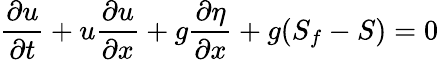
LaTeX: {\frac{\partial u}{\partial t}}+u{\frac{\partial u}{\partial x}}+g{\frac{\partial\eta}{\partial x}}+g(S_{f}-S)=0